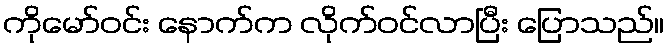
ကိုမော်ဝင်း နောက်က လိုက်ဝင်လာပြီး ပြောသည်။